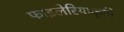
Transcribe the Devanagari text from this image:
फाइलेरियाकृमि